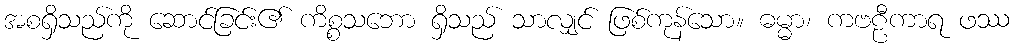
အစရှိသည်ကို ဆောင်ခြင်း၏ ကိစ္စသဘော ရှိသည် သာလျှင် ဖြစ်ကုန်သော။ ဓမ္မာ၊ ကဗဠီကာရ ဖဿ